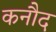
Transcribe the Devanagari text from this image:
कनौद